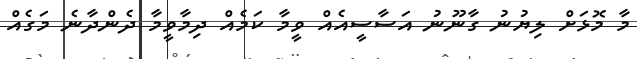
މާ މޮޅަށް ލިޔުނު ގާނޫނު އަސާސީއެއް ވީމާ ކަމެއް ދިމާވީމާ ދެންދާނެ މަގެއް